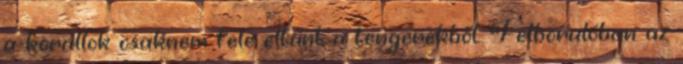
a korallok csaknem fele eltűnt a tengerekből. Felborulóban az